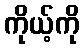
ကိုယ့်ကို